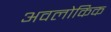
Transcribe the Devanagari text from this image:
अवलोकिक